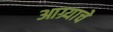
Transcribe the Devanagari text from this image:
आग्र्याचे